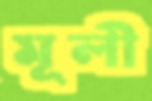
মূলী